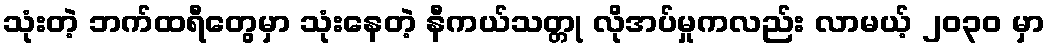
သုံးတဲ့ ဘက်ထရီတွေမှာ သုံးနေတဲ့ နီကယ်သတ္တု လိုအပ်မှုကလည်း လာမယ့် ၂၀၃၀ မှာ